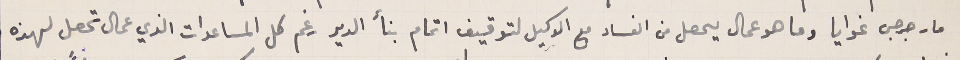
مار جرجس غوايا وما هو عمال يحصل من الفساد مع الوكيل لتوقيف اتمام بنأ الدير رغم كل المساعدات الذي عمال تحصل لهذه